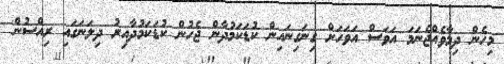
މިހެން ދިމާވެއްޖެނަމަ އަވަސް އަވަހަށް ގިނަގިނައިން ކުޑަކަމުދާން ޖެހުން ކުޑަކަމުދާއިރު ދިލަނަގައި ރިއްސުން